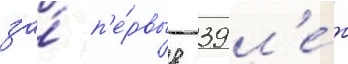
за́ п'е́рвые 39 л'е́т